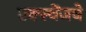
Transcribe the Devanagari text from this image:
एक्स्चेंजचे